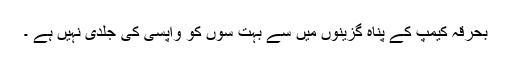
بحرقہ کیمپ کے پناہ گزینوں میں سے بہت سوں کو واپسی کی جلدی نہیں ہے ۔